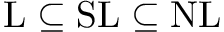
\mathrm { L } \subseteq \mathrm { S L } \subseteq \mathrm { N L }